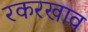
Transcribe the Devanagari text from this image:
रकरखाव